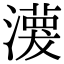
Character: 𤁊